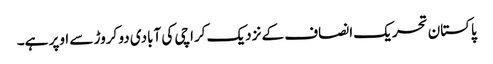
پاکستان تحریک انصاف کے نزدیک کراچی کی آبادی دو کروڑ سے اوپر ہے۔